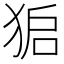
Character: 𮳾